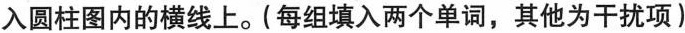
入圆柱图内的横线上。(每组填入两个单词,其他为干扰项)